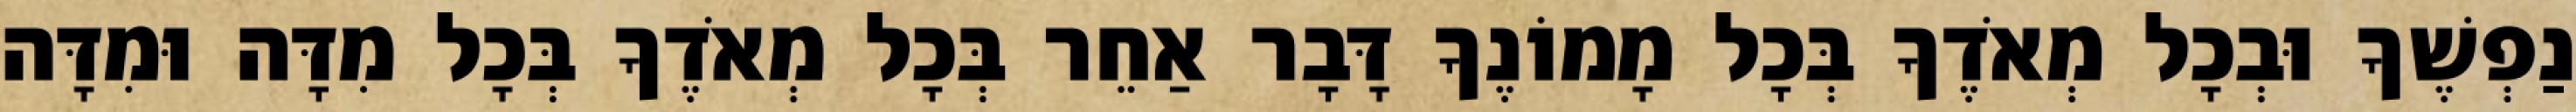
נַפְשֶׁךָ וּבְכָל מְאֹדֶךָ בְּכָל מָמוֹנֶךָ דָּבָר אַחֵר בְּכָל מְאֹדֶךָ בְּכָל מִדָּה וּמִדָּה